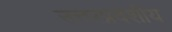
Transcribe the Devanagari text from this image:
उत्तरप्रदेशीय